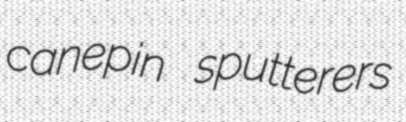
canepin sputterers